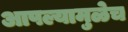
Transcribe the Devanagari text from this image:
आपल्यामुळेच